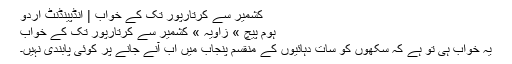
کشمیر سے کرتارپور تک کے خواب | انڈپینڈنٹ اردو
ہوم پیچ » زاویہ » کشمیر سے کرتارپور تک کے خواب
یہ خواب ہی تو ہے کہ سکھوں کو سات دہائیوں کے منقسم پنجاب میں اب آنے جانے پر کوئی پابندی نہیں۔